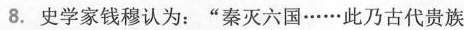
8.史学家钱穆认为：”秦灭六国……此乃古代贵族